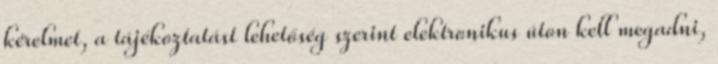
kérelmet, a tájékoztatást lehetőség szerint elektronikus úton kell megadni,